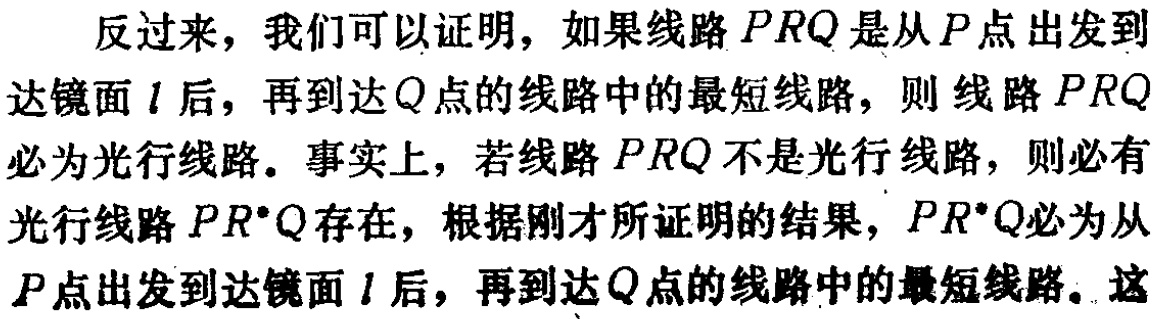
反过来，我们可以证明，如果线路 \(PRQ\) 是从 \(P\) 点出发到达镜面 \(l\) 后，再到达 \(Q\) 点的线路中的最短线路，则线路 \(PRQ\) 必为光行线路。事实上，若线路 \(PRQ\) 不是光行线路，则必有光行线路 \(PR^{*}Q\) 存在，根据刚才所证明的结果，\(PR^{*}Q\) 必为从 \(P\) 点出发到达镜面 \(l\) 后，再到达 \(Q\) 点的线路中的最短线路。